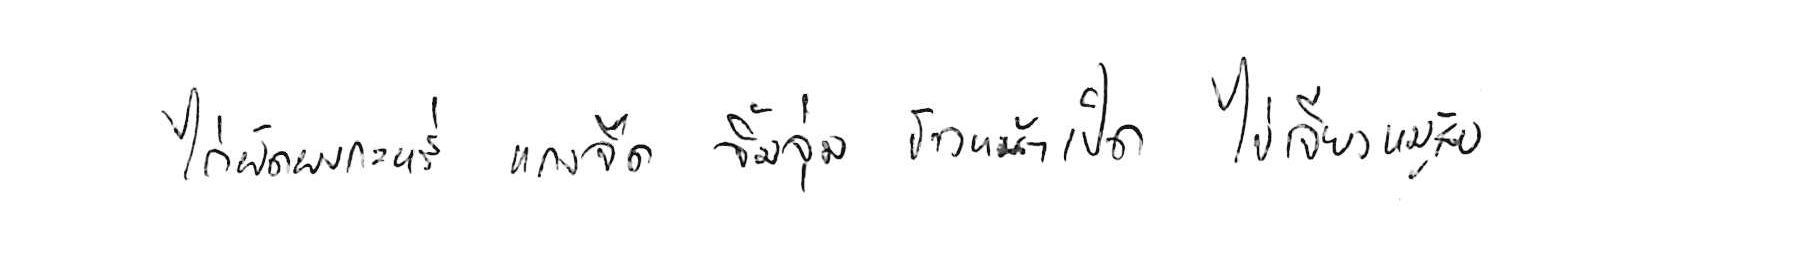
ไก่ผัดผงกะหรี่ แกงจืด จิ้มจุ่ม ข้าวหน้าเป็ด ไข่เจียวหมูสับ